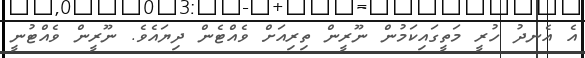
އެ އެނދު ހުރީ މަތީގައިކަމުން ނޫރީން ތިރިއަށް ވެއްޓެން ދިޔައެވެ. ނޫރީން ވެއްޓުނީ